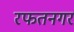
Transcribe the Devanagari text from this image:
रफतनगर